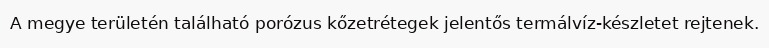
A megye területén található porózus kőzetrétegek jelentős termálvíz-készletet rejtenek.